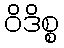
ဝိဒိစ္စ